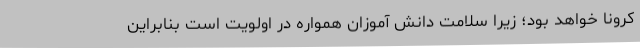
کرونا خواهد بود؛ زیرا سلامت دانش آموزان همواره در اولویت است بنابراین